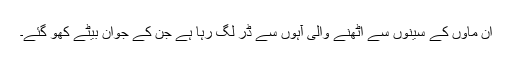
ان ماؤں کے سینوں سے اٹھنے والی آہوں سے ڈر لگ رہا ہے جن کے جوان بیٹے کھو گئے۔